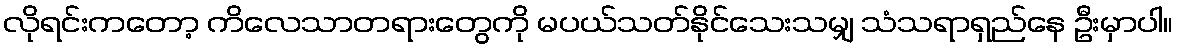
လိုရင်းကတော့ ကိလေသာတရားတွေကို မပယ်သတ်နိုင်သေးသမျှ သံသရာရှည်နေ ဦးမှာပါ။